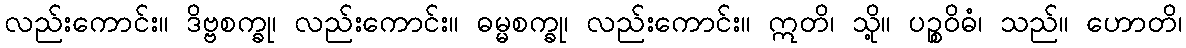
လည်းကောင်း။ ဒိဗ္ဗစက္ခု၊ လည်းကောင်း။ ဓမ္မစက္ခု၊ လည်းကောင်း။ ဣတိ၊ သို့။ ပဉ္စဝိဓံ၊ သည်။ ဟောတိ၊